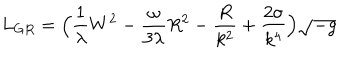
LaTeX: L _ { G R } = \Big ( \frac { 1 } { \lambda } W ^ { 2 } - \frac { \omega } { 3 \lambda } R ^ { 2 } - \frac { R } { k ^ { 2 } } + \frac { 2 \sigma } { k ^ { 4 } } \Big ) \sqrt { - g }